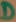
Text: D